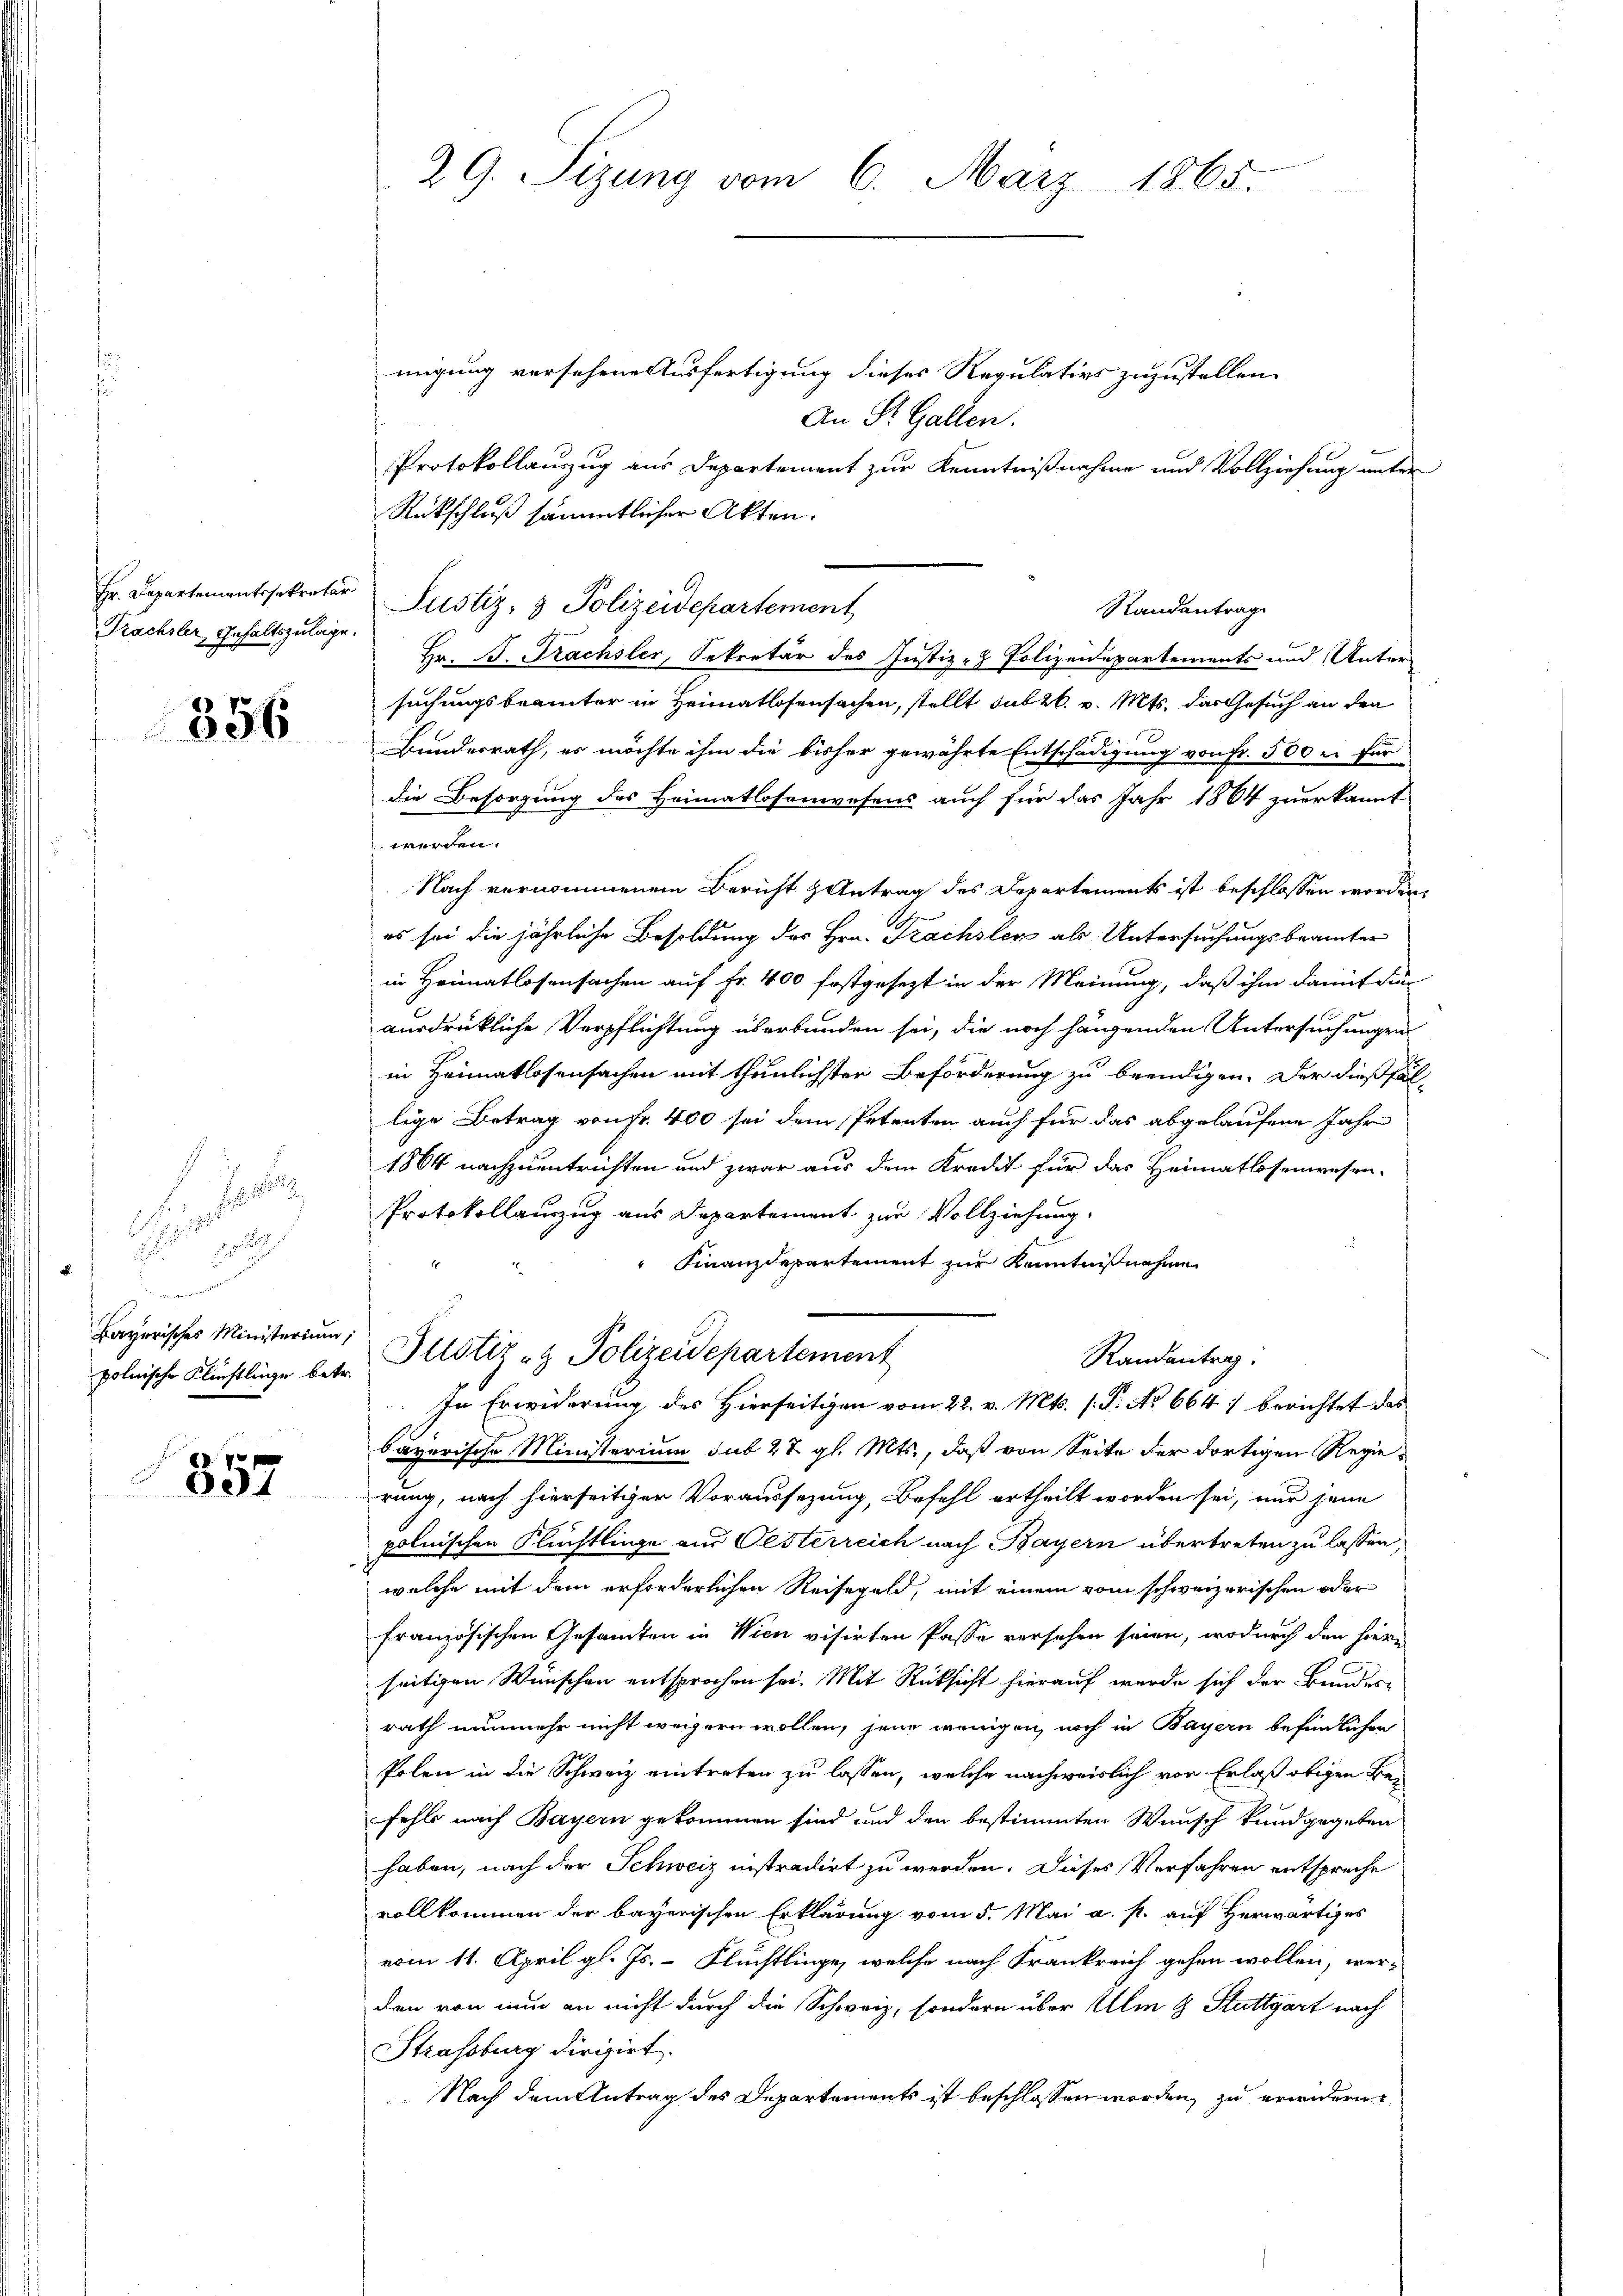
Trachsler, Gehaltszulage.

356

e
 189

polnische Flüchtlinge betr.

357

29. Seizung vom 6. März 1865.

migung versehene Ausfertigung dieses Regulativs zuzustellen.
An St. Gallen.
Protokollauszug aus Departement zur Kenntnißnahme und Vollziehung unter
Rückschluß sämmtlicher Akten.
Hr. Departementssekreter Justiz- & Polizeidepartement
Hr. B. Frachsler, Sekretär des Justiz- & Polizeidepartements und Unter-
suchungsbeamter in Heimatlosensachen, stellt sub 26. v. Mts. das Gesuch an den
Bundesrath, es möchte ihm die bisher gewährte Entschädigung von Fr. 500 u. für
die Besorgung des Heimatlosenwesens auch für das Jahr 1864 zuerkannt
werden.
Nach vernommenem Bericht Antrag des Departements ist beschlossen worden
es sei die jährliche Besoldung des Hrn. Trachsten als Untersuchungsbeamter
in Heimatlosensachen auf Fr. 400 festgesezt in der Meinung, daß ihm damit die
ausdrükliche Verpflichtung überbunden sei, die noch hängenden Untersuchungen
in Heimatlosensachen mit thunlichster Beförderung zu beendigen. Der dießfällige Betrag von fr. 400 sei dem Petenten auch für das abgelaufene Jahr
1864 nachzuentrichten und zwar aus dem Kredit für das Heimatlosenwesen.
Protokollauszug aus Departement zur Vollziehung
Finanzdepartement zur Kenntnißnahme
Bayerisches Ministerium, Justiz & Polizeidepartement
Randantrag.
In Erwiderung des Hierseitigen vom 22. v. Mts. s. P. No 664) berichtet das
bayerische Ministerium sub 27. gl. Mts., daß von Seite der dortigen Regieerung, nach hierseitiger Voraussezung, Befehl ertheilt worden sei, nur jene
polnischen Flüchtlinge aus Oesterreich nach Bayern übertreten zu lassen,
welche mit dem erforderlichen Reisegeld, mit einem vom schweizerischen oder
französischen Gesamten in Wien visirten Pässe versehen seien, wodurch den hiern
seitigen Wünschen entsprochen sei. Mit Rücksicht hierauf werde sich der Bundesrath nunmehr nicht weigern wollen, jene wenigen, noch in Bayern befindlichen
Polen in die Schweiz eintreten zu lassen, welche nachweislich von Erlaß obigen Befehls nach Bayern gekommen sind und den bestimmten Wunsch kundgegeben
haben, nach der Schweiz nistradirt zu werden. Dieses Verfahren entspreche
vollkommen der bayerischen Erklärung vom 5. Mai a. p. auf Herwärtiges
vom 11. April gl. Js. - Flüchtlinge, welche nach Frankreich gehen wollen, werden von nun an nicht durch die Schweiz, sondern über Ali & Stuttgart nach
Strassburg dirigirt.
 Nach dem Antrag des Departements ist beschlossen worden, zu erwidern

Randantrag